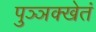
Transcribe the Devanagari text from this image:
पुञ्ञक्खेतं